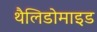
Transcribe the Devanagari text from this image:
थैलिडोमाइड